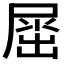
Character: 𡲬